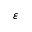
\boldsymbol \varepsilon